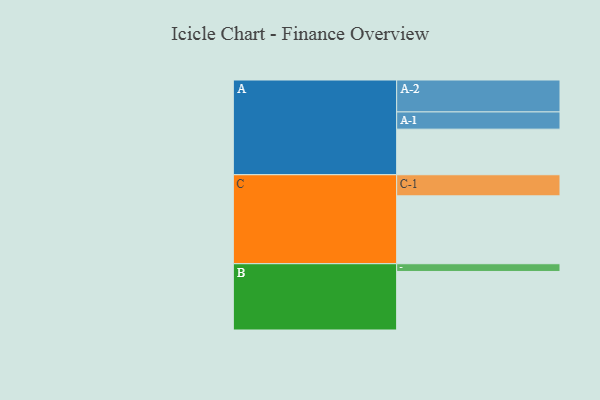
{"axis": {"x": "Segment", "y": "Value"}, "legend": ["", "A", "B", "C"], "data": [{"x": "A", "y": 341, "type": ""}, {"x": "B", "y": 438, "type": ""}, {"x": "C", "y": 508, "type": ""}, {"x": "A-1", "y": 129, "type": "A"}, {"x": "A-2", "y": 239, "type": "A"}, {"x": "B-1", "y": 58, "type": "B"}, {"x": "C-1", "y": 158, "type": "C"}]}